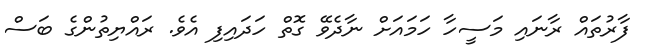
ފާރުތައް ރާނައި މަސީހާ ހަމައަށް ނާދެވޭ ގޮތް ހަދައިފި އެވެ. ރައްޔިތުންގެ ބަސް